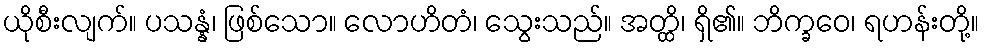
ယိုစီးလျက်။ ပသန္နံ၊ ဖြစ်သော။ လောဟိတံ၊ သွေးသည်။ အတ္ထိ၊ ရှိ၏။ ဘိက္ခဝေ၊ ရဟန်းတို့။